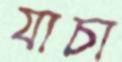
যাচা